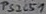
Text: PS2501